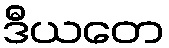
ဒီယတေ